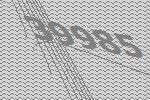
39985